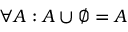
\forall A : A \cup \varnothing = A